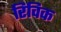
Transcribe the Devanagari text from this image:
रिविक